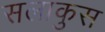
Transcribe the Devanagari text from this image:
सलाकुस